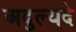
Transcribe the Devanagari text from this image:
अदुल्यदे